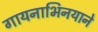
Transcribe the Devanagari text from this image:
गायनाभिनयाने